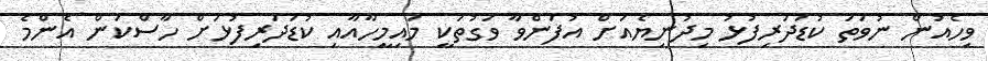
ވިހެއުން ނުވަތަ ކުޑަދަރިފުޅު މިދުނިޔެއަށް އުފަންވާ ވަގުތަކީ މައިމީހާއާއި ކުޑަދަރިފުޅަށް ހާސްކަން އެންމެ